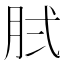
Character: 𰮓